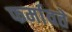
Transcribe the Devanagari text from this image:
फर्मावते